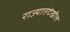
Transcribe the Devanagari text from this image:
राज्यातदेखील